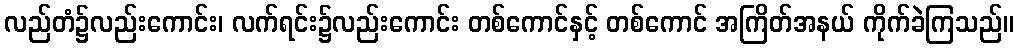
လည်တံ၌လည်းကောင်း၊ လက်ရင်း၌လည်းကောင်း တစ်ကောင်နှင့် တစ်ကောင် အကြိတ်အနယ် ကိုက်ခဲကြသည်။